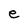
Character: e